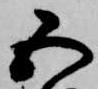
五